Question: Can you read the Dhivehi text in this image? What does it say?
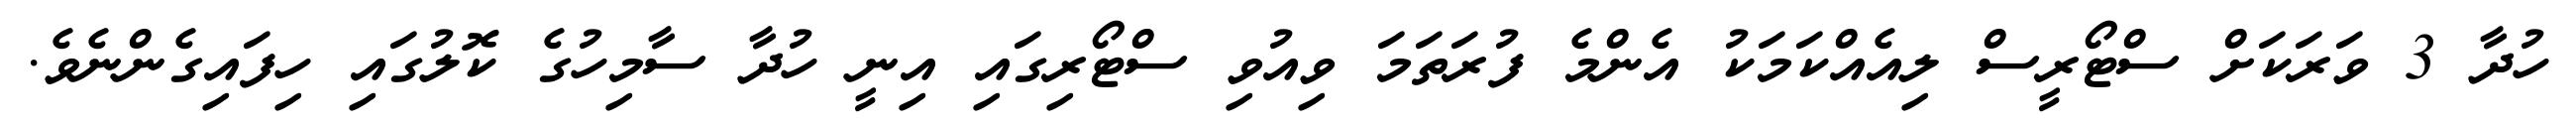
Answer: ހުދާ 3 ވަރަކަށް ސްޓޯރީސް ލިއެއްކަމަކު އެންމެ ފުރަތަމަ ވިއުވި ސްޓޯރިގައި އިނީ ހުދާ ސާމިހުގެ ކޮލުގައި ހިފައިގެންނެވެ.